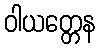
ဝါယတ္တေန